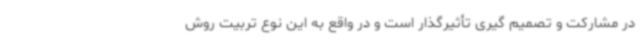
در مشارکت و تصمیم گیری تأثیرگذار است و در واقع به این نوع تربیت روش